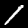
Digit: 1